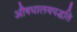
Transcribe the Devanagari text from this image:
औषधालयपद्धति